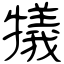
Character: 犠